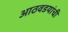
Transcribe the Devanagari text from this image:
आठवडयांची